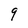
Character: 9